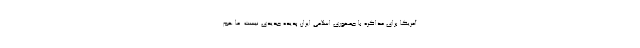
آمریکا برای مذاکره با جمهوری اسلامی ایران پدیده جدیدی نیست. ما هم